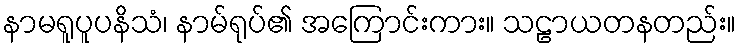
နာမရူပူပနိသံ၊ နာမ်ရုပ်၏ အကြောင်းကား။ သဠာယတနတည်း။